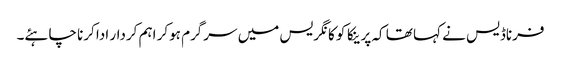
فرناڈیس نے کہا تھا کہ پرینکا کو کانگریس میں سرگرم ہوکر اہم کردار ادا کرنا چاہئے۔